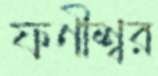
ফণীশ্বর